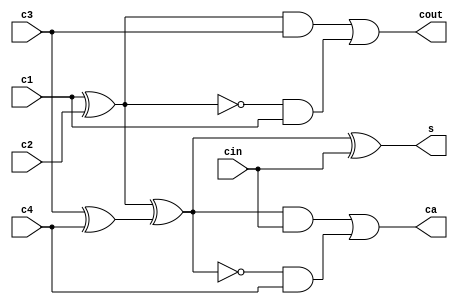
module C42(c1,c2,c3,c4,cin, cout,s,ca);


parameter  size=32 ;
wire[size-1:0] p1,p2,p3;
input[size-1:0] c1,c2,c3,c4,cin;
output[size-1:0] cout,s,ca;
assign p1=c1^c2;
assign p2=c3^c4;
assign p3=p1^p2;
assign s=p3^cin;
assign ca=p3&cin | (~p3)&c4;
assign cout=p1&c3 | (~p1)&c1;


endmodule